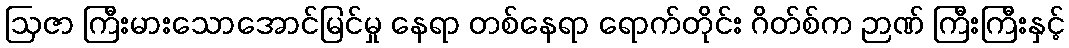
ဩဇာ ကြီးမားသောအောင်မြင်မှု နေရာ တစ်နေရာ ရောက်တိုင်း ဂိတ်စ်က ဉာဏ် ကြီးကြီးနှင့်